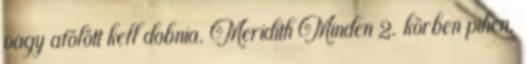
vagy afölött kell dobnia. Meridith Minden 2. körben pihen,